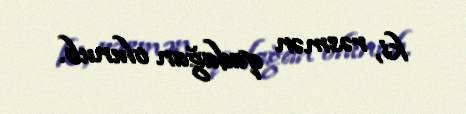
ki, rəsmən qadağan olunub.